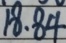
1 8 . 8 4